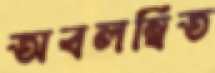
অবলম্বিত